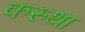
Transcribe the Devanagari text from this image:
करुथा